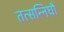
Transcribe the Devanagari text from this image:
तत्सन्निघौ